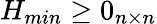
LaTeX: H_{min}\geq 0_{n\times n}